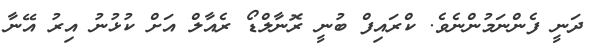
ދަނީ ފެންނަމުންނެވެ. ކްރައިފް ބުނީ ރޮނާލްޑޯ ރެއާލް އަށް ކުޅުނު އިރު އޭނާ